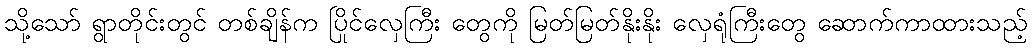
သို့သော် ရွာတိုင်းတွင် တစ်ချိန်က ပြိုင်လှေကြီး တွေကို မြတ်မြတ်နိုးနိုး လှေရုံကြီးတွေ ဆောက်ကာထားသည့်